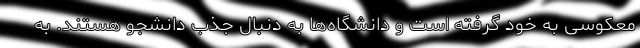
معکوسی به خود گرفته است و دانشگاه‌ها به دنبال جذب دانشجو هستند. به